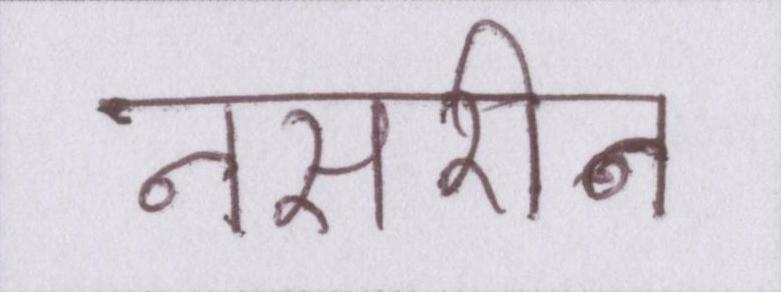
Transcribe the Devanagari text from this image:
नसरीन